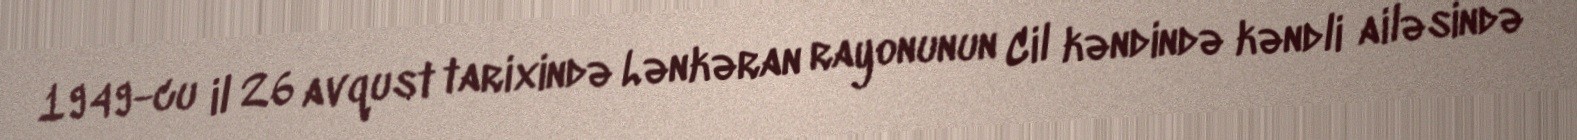
1949-cu il 26 avqust tarixində Lənkəran rayonunun Cil kəndində kəndli ailəsində